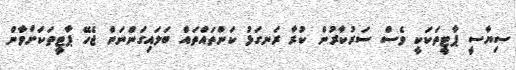
ސިޔާސީ ޕާޓީތަކަކީ ވެސް ސަރުކާރުން ކުރާ ރަނގަޅު ކަންތައްތައް ބަލައިގަންނަން ޖެހޭ ޕާޓީތަކަށްވާން